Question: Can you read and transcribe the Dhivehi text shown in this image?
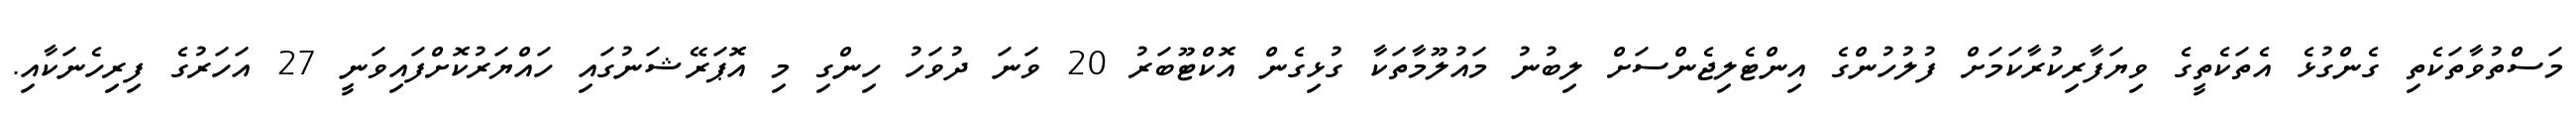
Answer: މަސްތުވާތަކެތި ގެންގުޅެ އެތަކެތީގެ ވިޔަފާރިކުރާކަމަށް ފުލުހުންގެ އިންޓެލިޖެންސަށް ލިބުނު މައުލޫމާތަކާ ގުޅިގެން އޮކްޓޫބަރު 20 ވަނަ ދުވަހު ހިންގި މި އޮޕަރޭޝަނުގައި ހައްޔަރުކޮށްފައިވަނީ 27 އަހަރުގެ ފިރިހެނަކާއި.